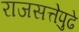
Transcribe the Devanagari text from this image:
राजसत्तेपुढे